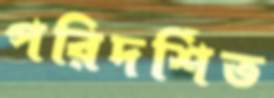
পরিদর্শিত